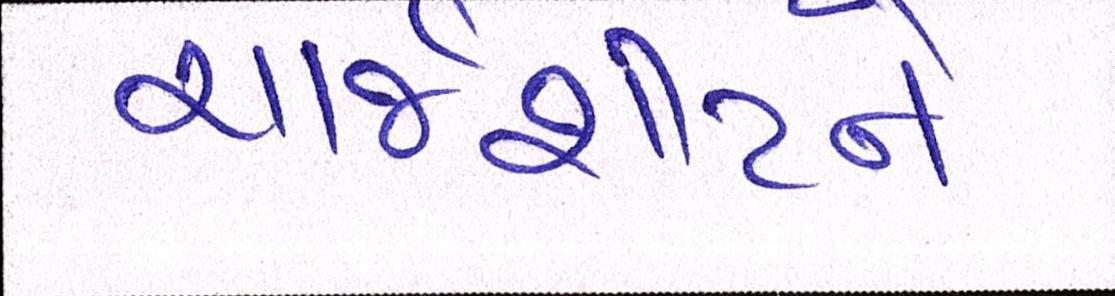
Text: ચાર્જશીટને